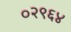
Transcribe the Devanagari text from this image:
०२९६४